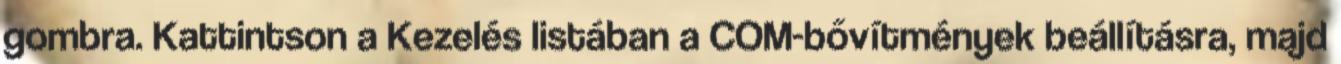
gombra. Kattintson a Kezelés listában a COM-bővítmények beállításra, majd